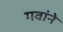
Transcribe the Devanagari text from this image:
गवांने